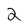
Character: 2